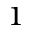
^ { 1 }